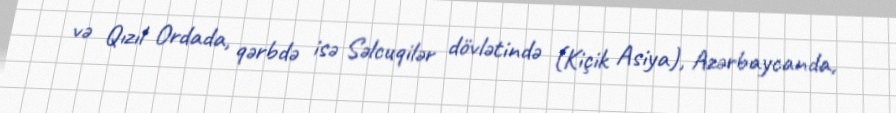
və Qızıl Ordada, qərbdə isə Səlcuqilər dövlətində (Kiçik Asiya), Azərbaycanda,